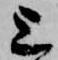
上